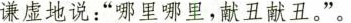
谦虚地说：”哪里哪里，献丑献丑。”。